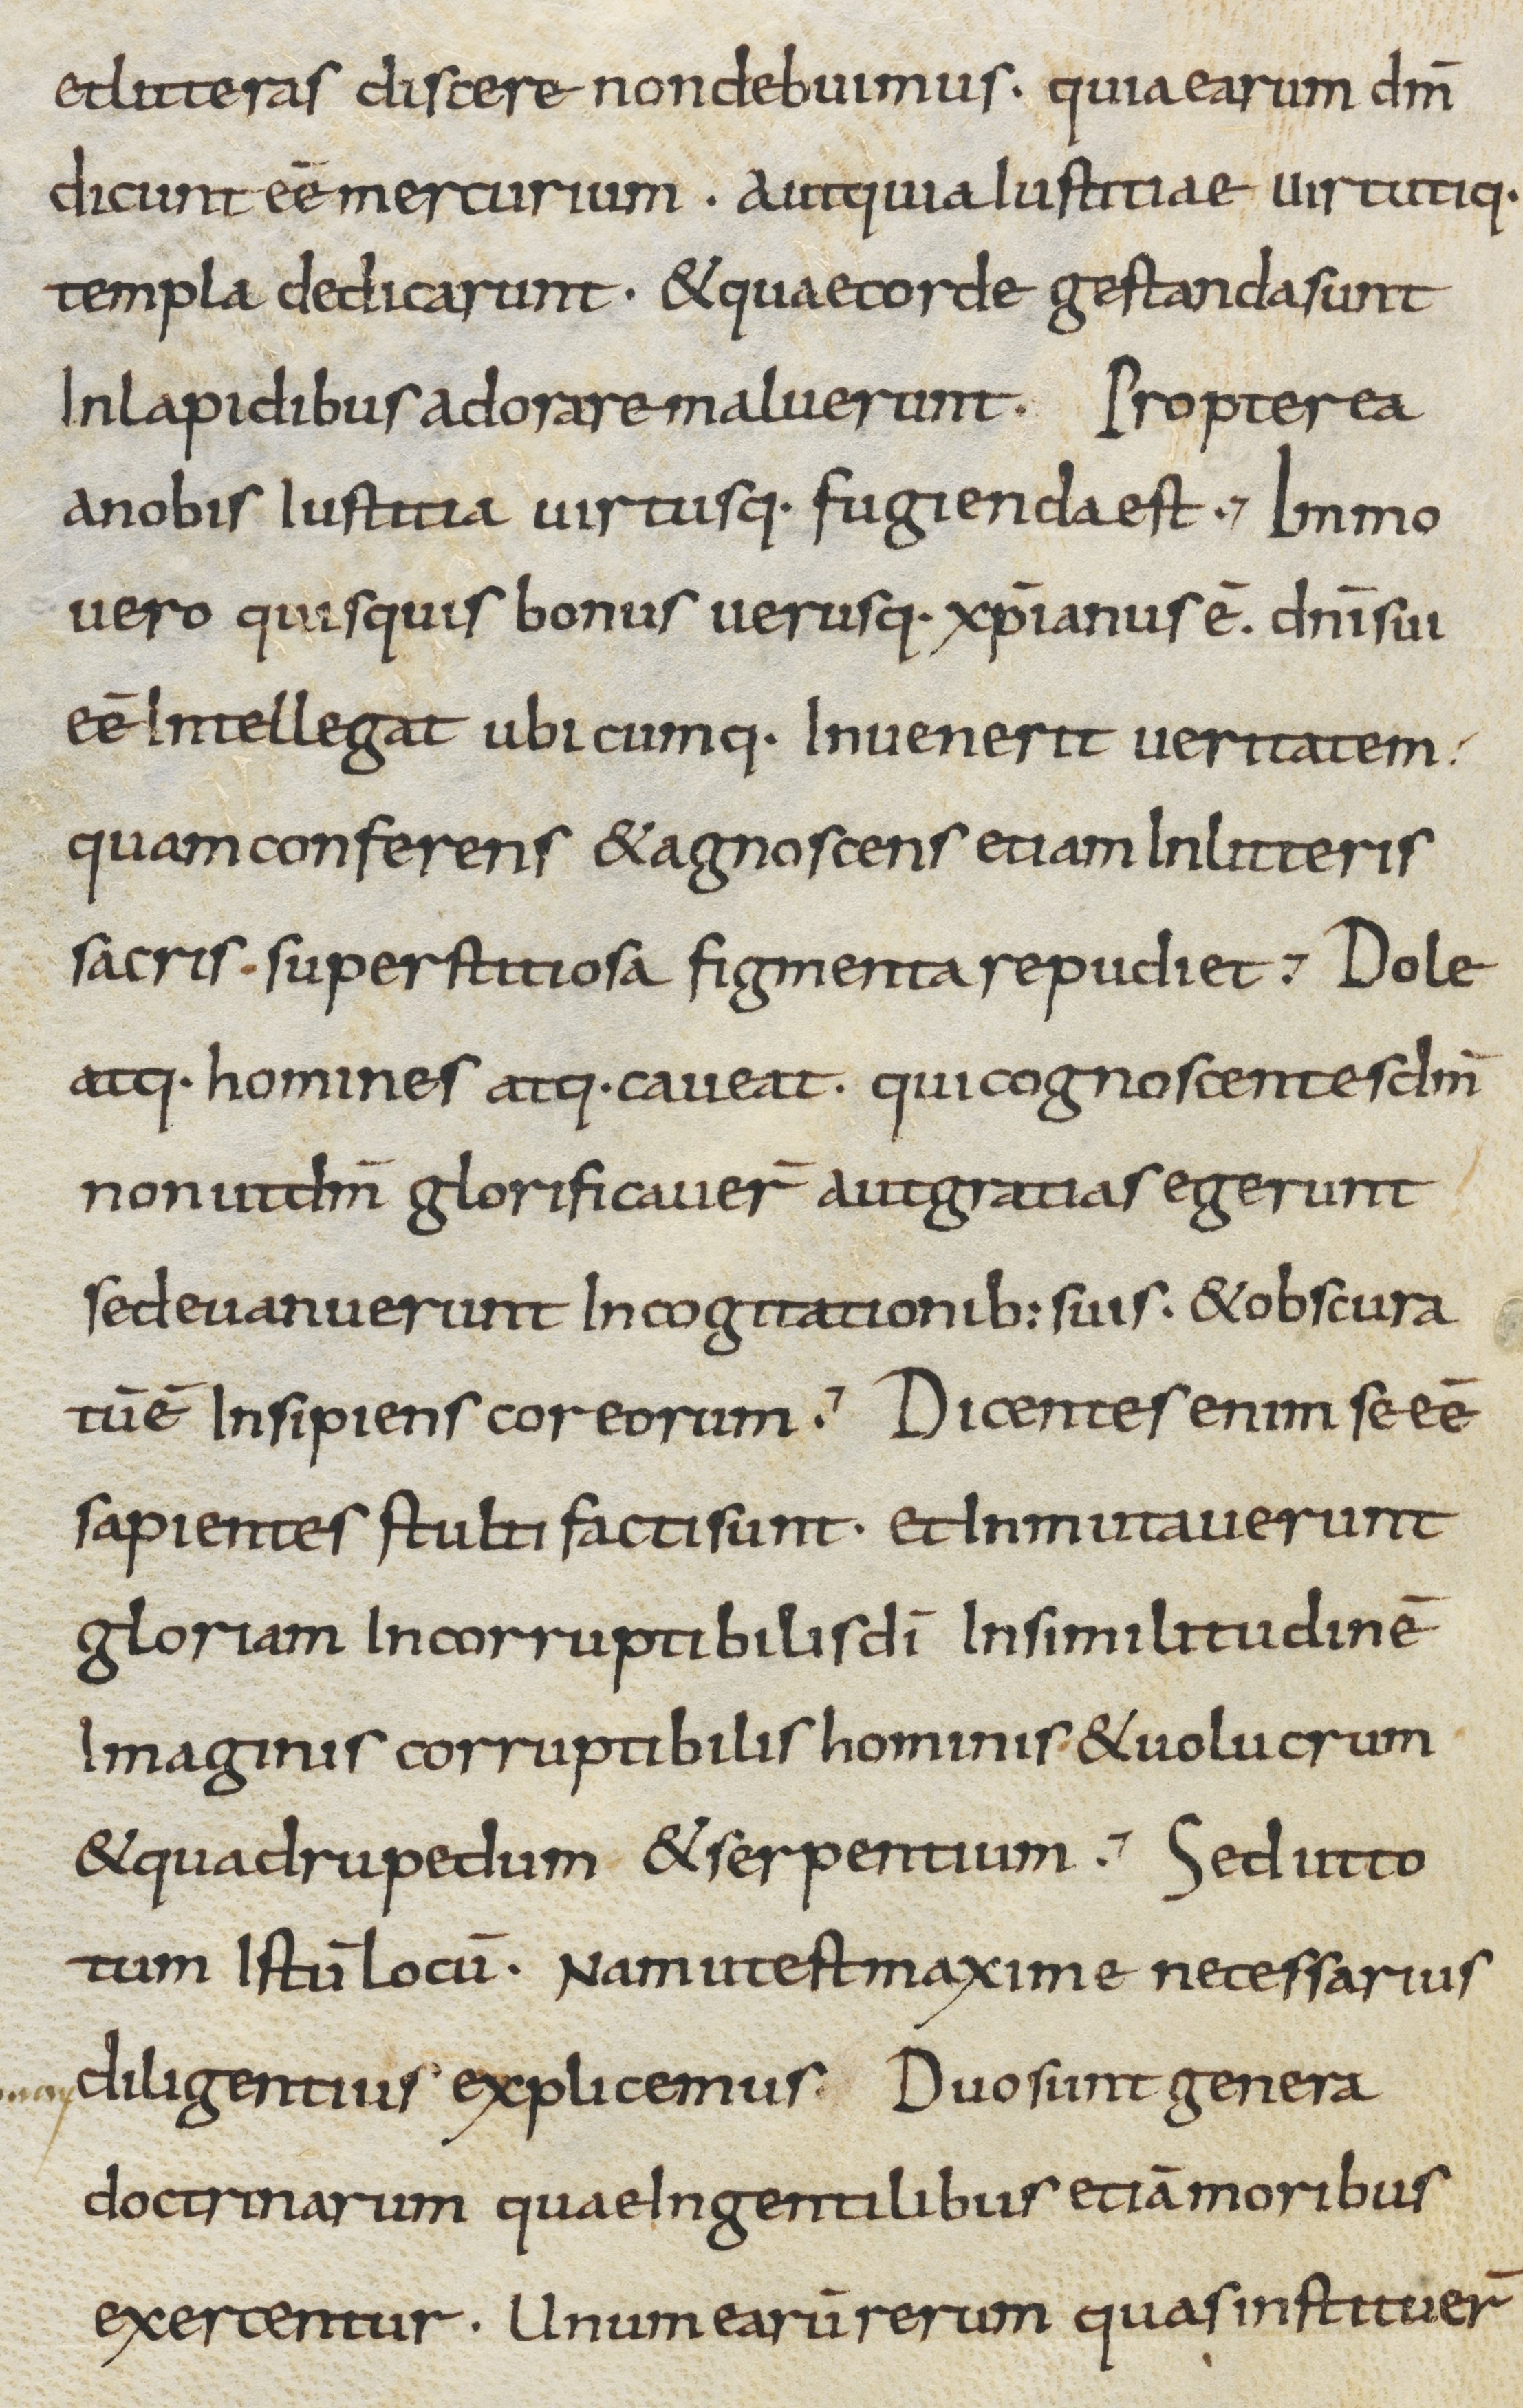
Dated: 800–899